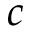
c